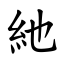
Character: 䊶